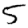
Digit: 5